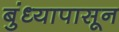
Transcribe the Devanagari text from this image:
बुंध्यापासून